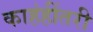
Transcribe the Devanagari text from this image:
काहंहींतरी